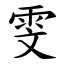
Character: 雯